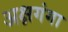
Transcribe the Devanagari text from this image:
अक्षगंगा